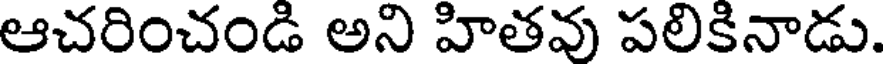
ఆచరించండి అని హితవు పలికినాడు.